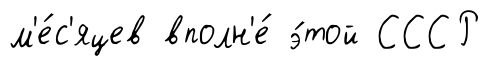
м'е́с'яцев вполн'е́ э́той СССР